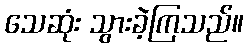
သေဆုံး သွားခဲ့ကြသည်။